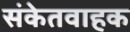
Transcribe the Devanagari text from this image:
संकेतवाहक